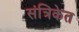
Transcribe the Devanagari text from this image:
संत्रिकेत